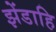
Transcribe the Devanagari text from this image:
झेंडाहि